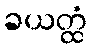
ခယတ္ထံ